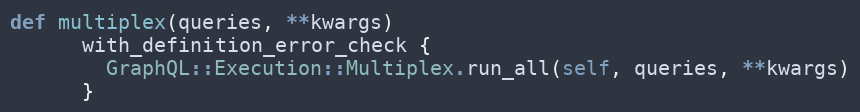
Language: Ruby
def multiplex(queries, **kwargs)
      with_definition_error_check {
        GraphQL::Execution::Multiplex.run_all(self, queries, **kwargs)
      }